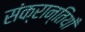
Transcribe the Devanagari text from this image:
संक्रान्तियाँ